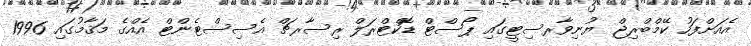
އެއަށްފަހު ކޭމްބްރިޖް ޔުނިވާރސިޓީގައި ޕޯސްޓް ޑޮކްޓްރަލް ރިސާރޗް އެސިސްޓެންޓް އެއްގެ މަޤާމުގައި 1996